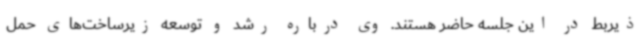
ذیربط در این جلسه حاضر هستند. وی درباره رشد و توسعه زیرساخت‌های حمل